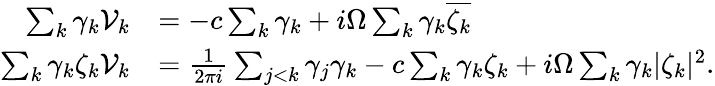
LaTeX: \begin{array}{rl}{\sum_{k}\gamma_{k}\mathcal{V}_{k}}&{=-c\sum_{k}\gamma_{k}+i\Omega\sum_{k}\gamma_{k}\overline{{\zeta_{k}}}}\\ {\sum_{k}\gamma_{k}\zeta_{k}\mathcal{V}_{k}}&{=\frac{1}{2\pi i}\sum_{j<k}\gamma_{j}\gamma_{k}-c\sum_{k}\gamma_{k}\zeta_{k}+i\Omega\sum_{k}\gamma_{k}|\zeta_{k}|^{2}.}\end{array}